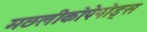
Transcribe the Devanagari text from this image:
मछलीकोपेपोड्स